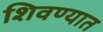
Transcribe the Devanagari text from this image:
शिवण्यात